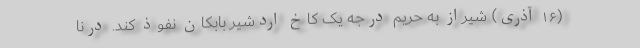
(۱۶ آذری) شیراز به حریم درجه یک کاخ اردشیر بابکان نفوذ کند. درنا